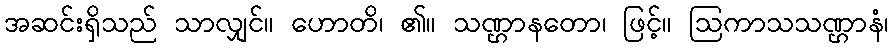
အဆင်းရှိသည် သာလျှင်။ ဟောတိ၊ ၏။ သဏ္ဌာနတော၊ ဖြင့်။ ဩကာသသဏ္ဌာနံ၊